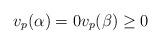
LaTeX: \begin{align*} v_p(\alpha) = 0 v_p(\beta) \geq 0\end{align*}